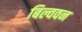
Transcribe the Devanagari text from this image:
बिल्ववन